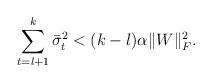
LaTeX: \begin{align*} \sum_{t=l+1}^{k}\bar{\sigma}^2_{t} < (k - l)\alpha\|W\|_F^2.\end{align*}